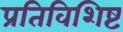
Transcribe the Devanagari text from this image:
प्रतिविशिष्ट